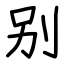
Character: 别